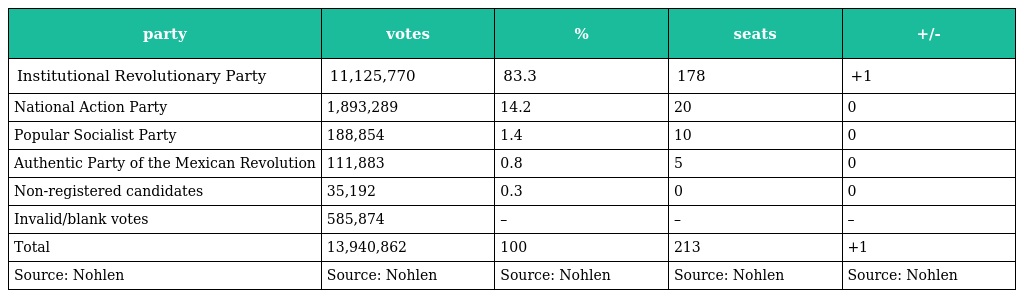
| party | votes | % | seats | +/- |
 | --- | --- | --- | --- | --- |
 | Institutional Revolutionary Party | 11,125,770 | 83.3 | 178 | +1 |
 | National Action Party | 1,893,289 | 14.2 | 20 | 0 |
 | Popular Socialist Party | 188,854 | 1.4 | 10 | 0 |
 | Authentic Party of the Mexican Revolution | 111,883 | 0.8 | 5 | 0 |
 | Non-registered candidates | 35,192 | 0.3 | 0 | 0 |
 | Invalid/blank votes | 585,874 | – | – | – |
 | Total | 13,940,862 | 100 | 213 | +1 |
 | Source: Nohlen | Source: Nohlen | Source: Nohlen | Source: Nohlen | Source: Nohlen |